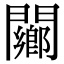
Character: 䦳